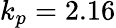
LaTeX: k_{p}=2.16